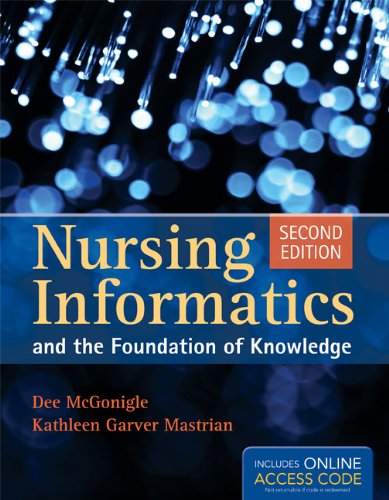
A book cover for Nursing Informatics And The Foundation Of Knowledge; Dee McGonigle; Medical Books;